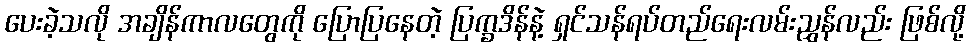
ပေးခဲ့သလို အချိန်ကာလတွေကို ပြောပြနေတဲ့ ပြက္ခဒိန်နဲ့ ရှင်သန်ရပ်တည်ရေးလမ်းညွှန်လည်း ဖြစ်လို့